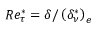
R e _ { \tau } ^ { * } = \delta / \left( \delta _ { \nu } ^ { * } \right) _ { e }